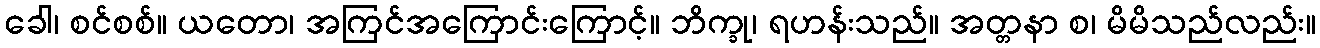
ခေါ၊ စင်စစ်။ ယတော၊ အကြင်အကြောင်းကြောင့်။ ဘိက္ခု၊ ရဟန်းသည်။ အတ္တနာ စ၊ မိမိသည်လည်း။